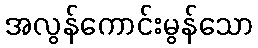
အလွန်ကောင်းမွန်သော